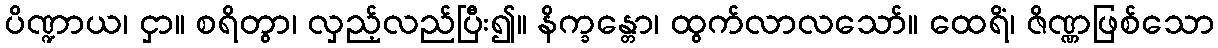
ပိဏ္ဍာယ၊ ငှာ။ စရိတွာ၊ လှည့်လည်ပြီး၍။ နိက္ခန္တော၊ ထွက်လာလသော်။ ထေရိံ၊ ဇိဏ္ဏဖြစ်သော